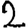
Digit: 2